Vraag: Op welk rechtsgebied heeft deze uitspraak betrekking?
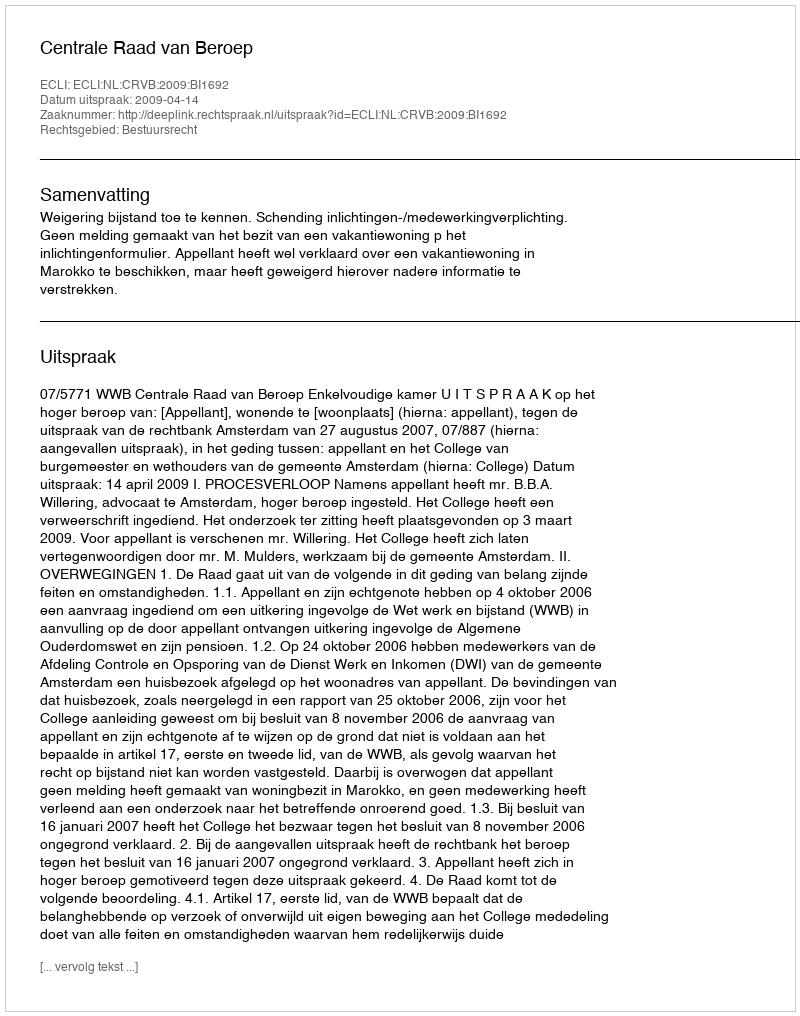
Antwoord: Bestuursrecht